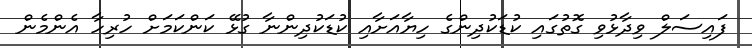
ފައިސަލް ވިދާޅުވި ގޮތުގައި ކުޑަކުދިންގެ ހިޔާއަށާއި ކުޑަކުދިންނާ ގުޅޭ ކަންކަމަށް ހުރިހާ އެންމެން